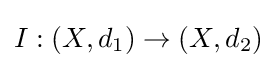
I:(X,d_{1})\to (X,d_{2})